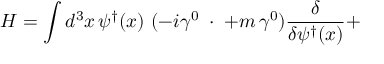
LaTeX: H = \int d ^ { 3 } x \, \psi ^ { \dagger } ( x ) \ ( - i \gamma ^ { 0 } \mathbf { \gamma } \cdot \mathbf { \nabla + } m \, \gamma ^ { 0 } ) \frac { \delta } { \delta \psi ^ { \dagger } ( x ) } +